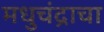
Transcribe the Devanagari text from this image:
मधुचंद्राचा